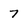
Character: 7